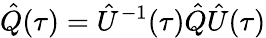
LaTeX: \hat{Q}(\tau)=\hat{U}^{-1}(\tau)\hat{Q}\hat{U}(\tau)